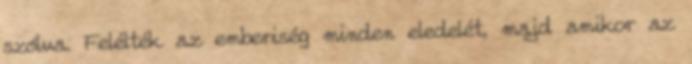
szólva. Felélték az emberiség minden eledelét, majd amikor az